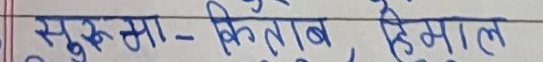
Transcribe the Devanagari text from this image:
सुकुमा - किताब, हिमाल